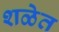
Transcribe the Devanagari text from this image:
शळेत